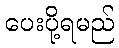
ပေးပို့ရမည်